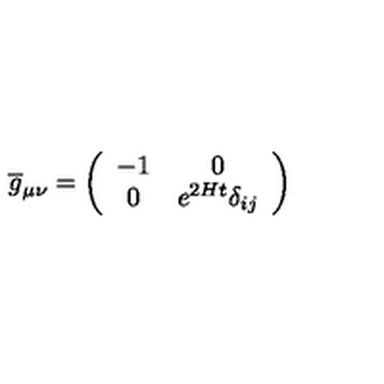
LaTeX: \overline { { g } } _ { \mu \nu } = \left( \begin{array} { c c } { - 1 } & { 0 } \\ { 0 } & { e ^ { 2 H t } \delta _ { i j } } \\ \end{array} \right)